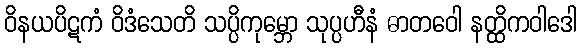
ဝိနယပိဋကံ ဝိဒံသေတိ သပ္ပိကုမ္ဘော သုပ္ပဟီနံ ဓာတဝေါ နတ္ထိကဝါဒေါ